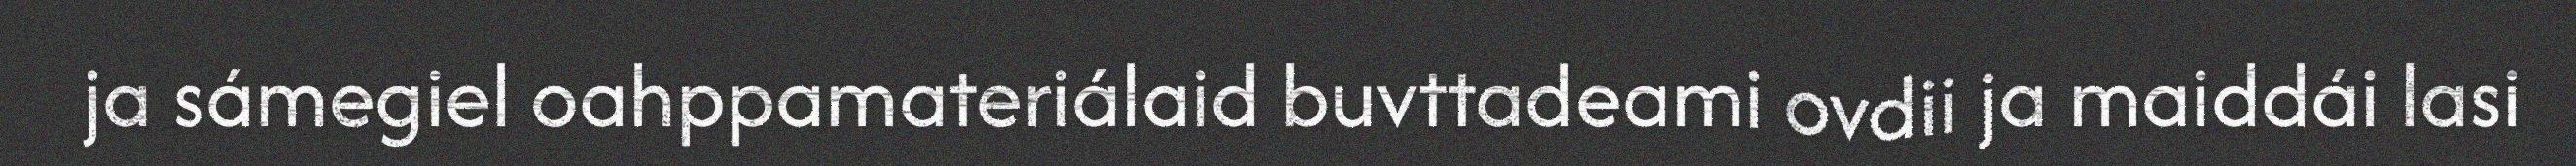
ja sámegiel oahppamateriálaid buvttadeami ovdii ja maiddái lasi